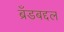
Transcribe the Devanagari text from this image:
ब्रँडबद्दल